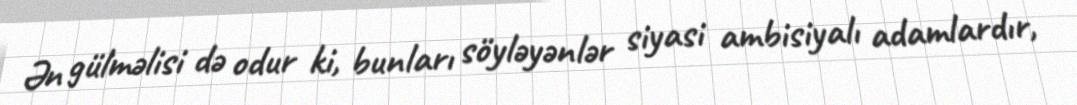
Ən gülməlisi də odur ki, bunları söyləyənlər siyasi ambisiyalı adamlardır,